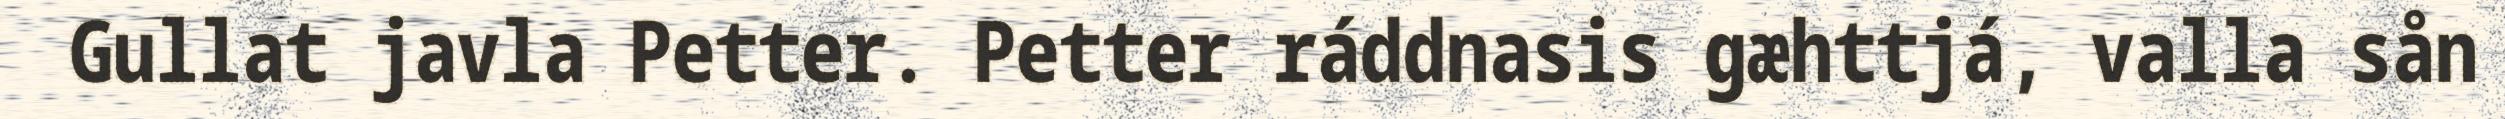
Gullat javla Petter. Petter ráddnasis gæhttjá, valla sån